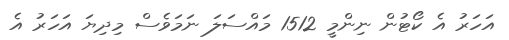
އަހަރު އެ ކޯޓުން ނިންމީ 1512 މައްސަލަ ނަމަވެސް މިދިޔަ އަހަރު އެ